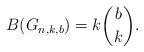
LaTeX: \begin{align*}B(G_{n,k,b})=k\binom{b}{k}.\end{align*}